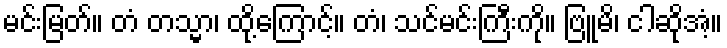
မင်းမြတ်။ တံ တသ္မာ၊ ထို့ကြောင့်။ တံ၊ သင်မင်းကြီးကို။ ဗြူမိ၊ ငါဆိုအံ့။